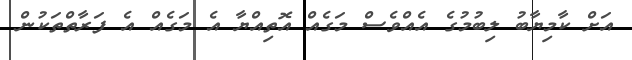
އަށް ކާމިޔާބު ލިބުމުގެ އެއްވެސް މަގެއް އޮތިއްޔާ އެ މަގެއް އެ ފަރާތްތަކުން